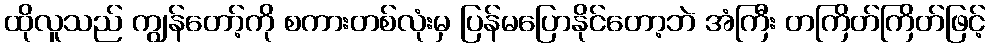
ထိုလူသည် ကျွန်တော့်ကို စကားတစ်လုံးမှ ပြန်မပြောနိုင်တော့ဘဲ အံကြီး တကြိတ်ကြိတ်ဖြင့်